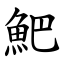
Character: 䰾